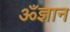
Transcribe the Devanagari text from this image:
ॐज्ञान